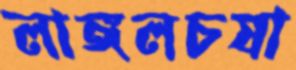
লাঙ্গলচষা